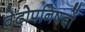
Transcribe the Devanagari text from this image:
वेदोपनिषदों